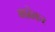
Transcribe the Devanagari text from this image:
माढेकर